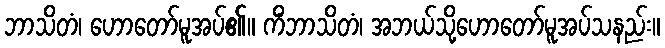
ဘာသိတံ၊ ဟောတော်မူအပ်၏။ ကိံဘာသိတံ၊ အဘယ်သို့ဟောတော်မူအပ်သနည်း။